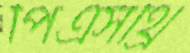
পিএসথ্রি